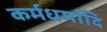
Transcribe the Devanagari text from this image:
कर्मधर्मादि